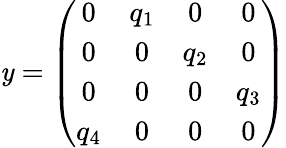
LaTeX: \mathit{y}=\left(\begin{array}{cccc}{{0}}&{{q_{1}}}&{{0}}&{{0}}\\ {{0}}&{{0}}&{{q_{2}}}&{{0}}\\ {{0}}&{{0}}&{{0}}&{{q_{3}}}\\ {{q_{4}}}&{{0}}&{{0}}&{{0}}\end{array}\right)